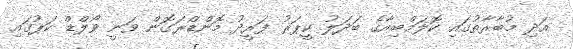
އަދި މުބާރާތުގައި ކޮލަމްބިއާގެ ބަދަލު ކީޕަރު ފަރީދު މޮންޑްރަގޮން ވަނީ ވޯލްޑް ކަޕުގައި